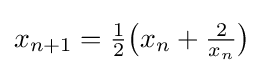
x_{n+1}={\tfrac {1}{2}}{\bigl (}x_{n}+{\tfrac {2}{x_{n}}}{\bigr )}